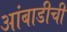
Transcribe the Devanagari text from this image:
आंबाडीची